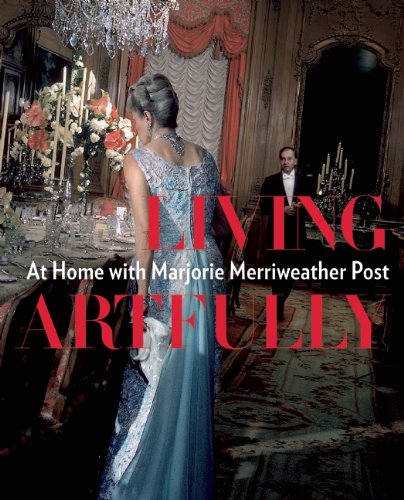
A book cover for Living Artfully: At Home with Marjorie Merriweather Post; Estella M. Chung; Humor & Entertainment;